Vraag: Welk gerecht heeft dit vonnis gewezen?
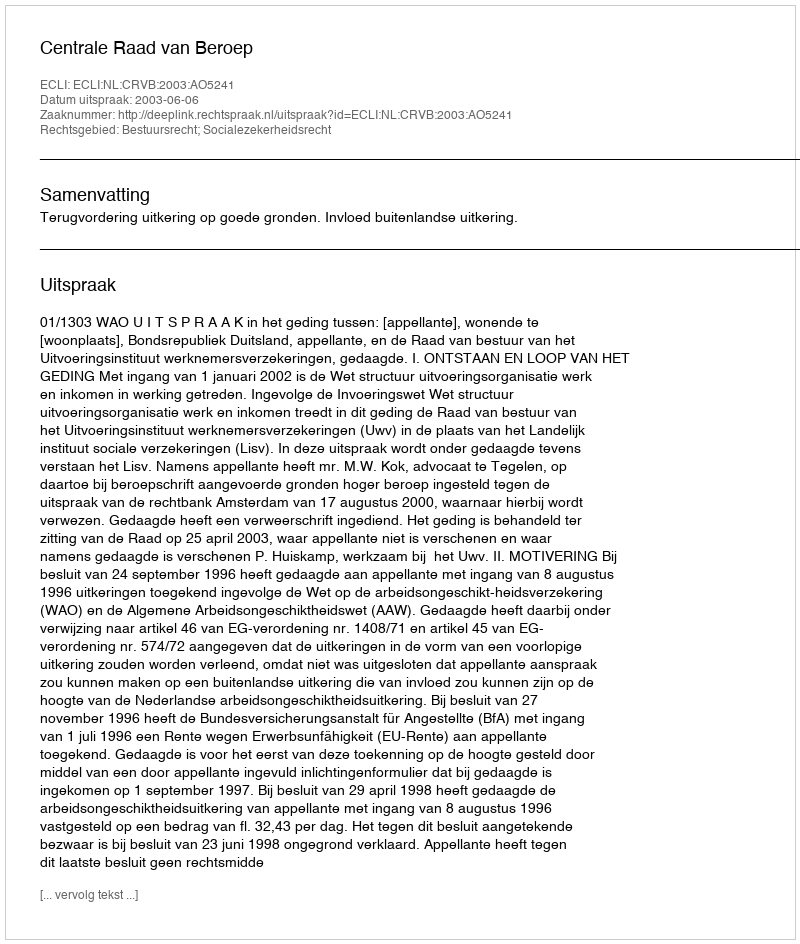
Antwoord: Centrale Raad van Beroep